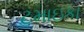
ટમાઇકા